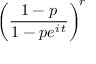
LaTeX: \, { \biggl ( } { \frac { 1 - p } { 1 - p e ^ { i \, t } } } { \biggr ) } ^ { \! r }